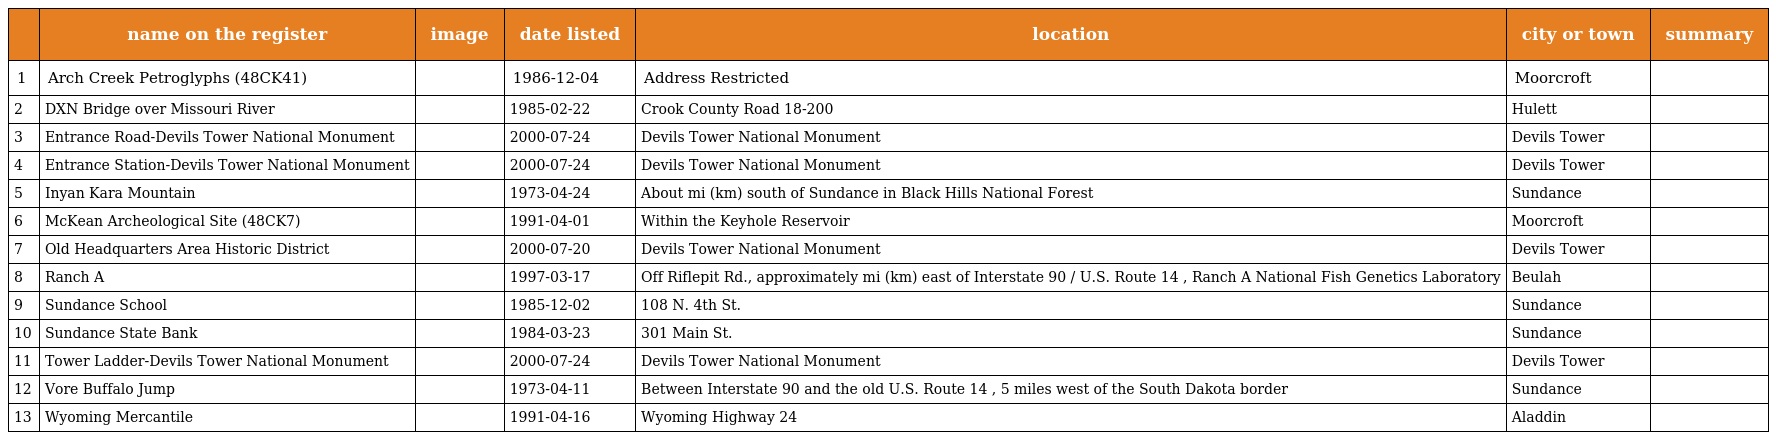
|  | name on the register | image | date listed | location | city or town | summary |
 | --- | --- | --- | --- | --- | --- | --- |
 | 1 | Arch Creek Petroglyphs (48CK41) |  | 1986-12-04 | Address Restricted | Moorcroft |  |
 | 2 | DXN Bridge over Missouri River |  | 1985-02-22 | Crook County Road 18-200 | Hulett |  |
 | 3 | Entrance Road-Devils Tower National Monument |  | 2000-07-24 | Devils Tower National Monument | Devils Tower |  |
 | 4 | Entrance Station-Devils Tower National Monument |  | 2000-07-24 | Devils Tower National Monument | Devils Tower |  |
 | 5 | Inyan Kara Mountain |  | 1973-04-24 | About mi (km) south of Sundance in Black Hills National Forest | Sundance |  |
 | 6 | McKean Archeological Site (48CK7) |  | 1991-04-01 | Within the Keyhole Reservoir | Moorcroft |  |
 | 7 | Old Headquarters Area Historic District |  | 2000-07-20 | Devils Tower National Monument | Devils Tower |  |
 | 8 | Ranch A |  | 1997-03-17 | Off Riflepit Rd., approximately mi (km) east of Interstate 90 / U.S. Route 14 , Ranch A National Fish Genetics Laboratory | Beulah |  |
 | 9 | Sundance School |  | 1985-12-02 | 108 N. 4th St. | Sundance |  |
 | 10 | Sundance State Bank |  | 1984-03-23 | 301 Main St. | Sundance |  |
 | 11 | Tower Ladder-Devils Tower National Monument |  | 2000-07-24 | Devils Tower National Monument | Devils Tower |  |
 | 12 | Vore Buffalo Jump |  | 1973-04-11 | Between Interstate 90 and the old U.S. Route 14 , 5 miles west of the South Dakota border | Sundance |  |
 | 13 | Wyoming Mercantile |  | 1991-04-16 | Wyoming Highway 24 | Aladdin |  |